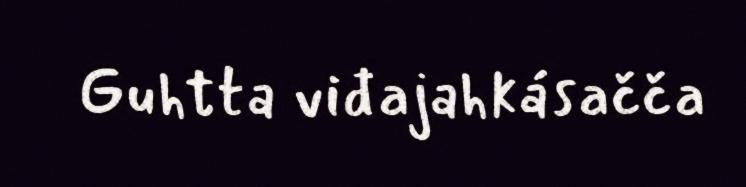
Guhtta viđajahkásačča